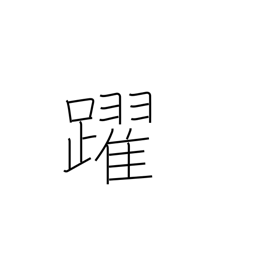
Meaning: skip